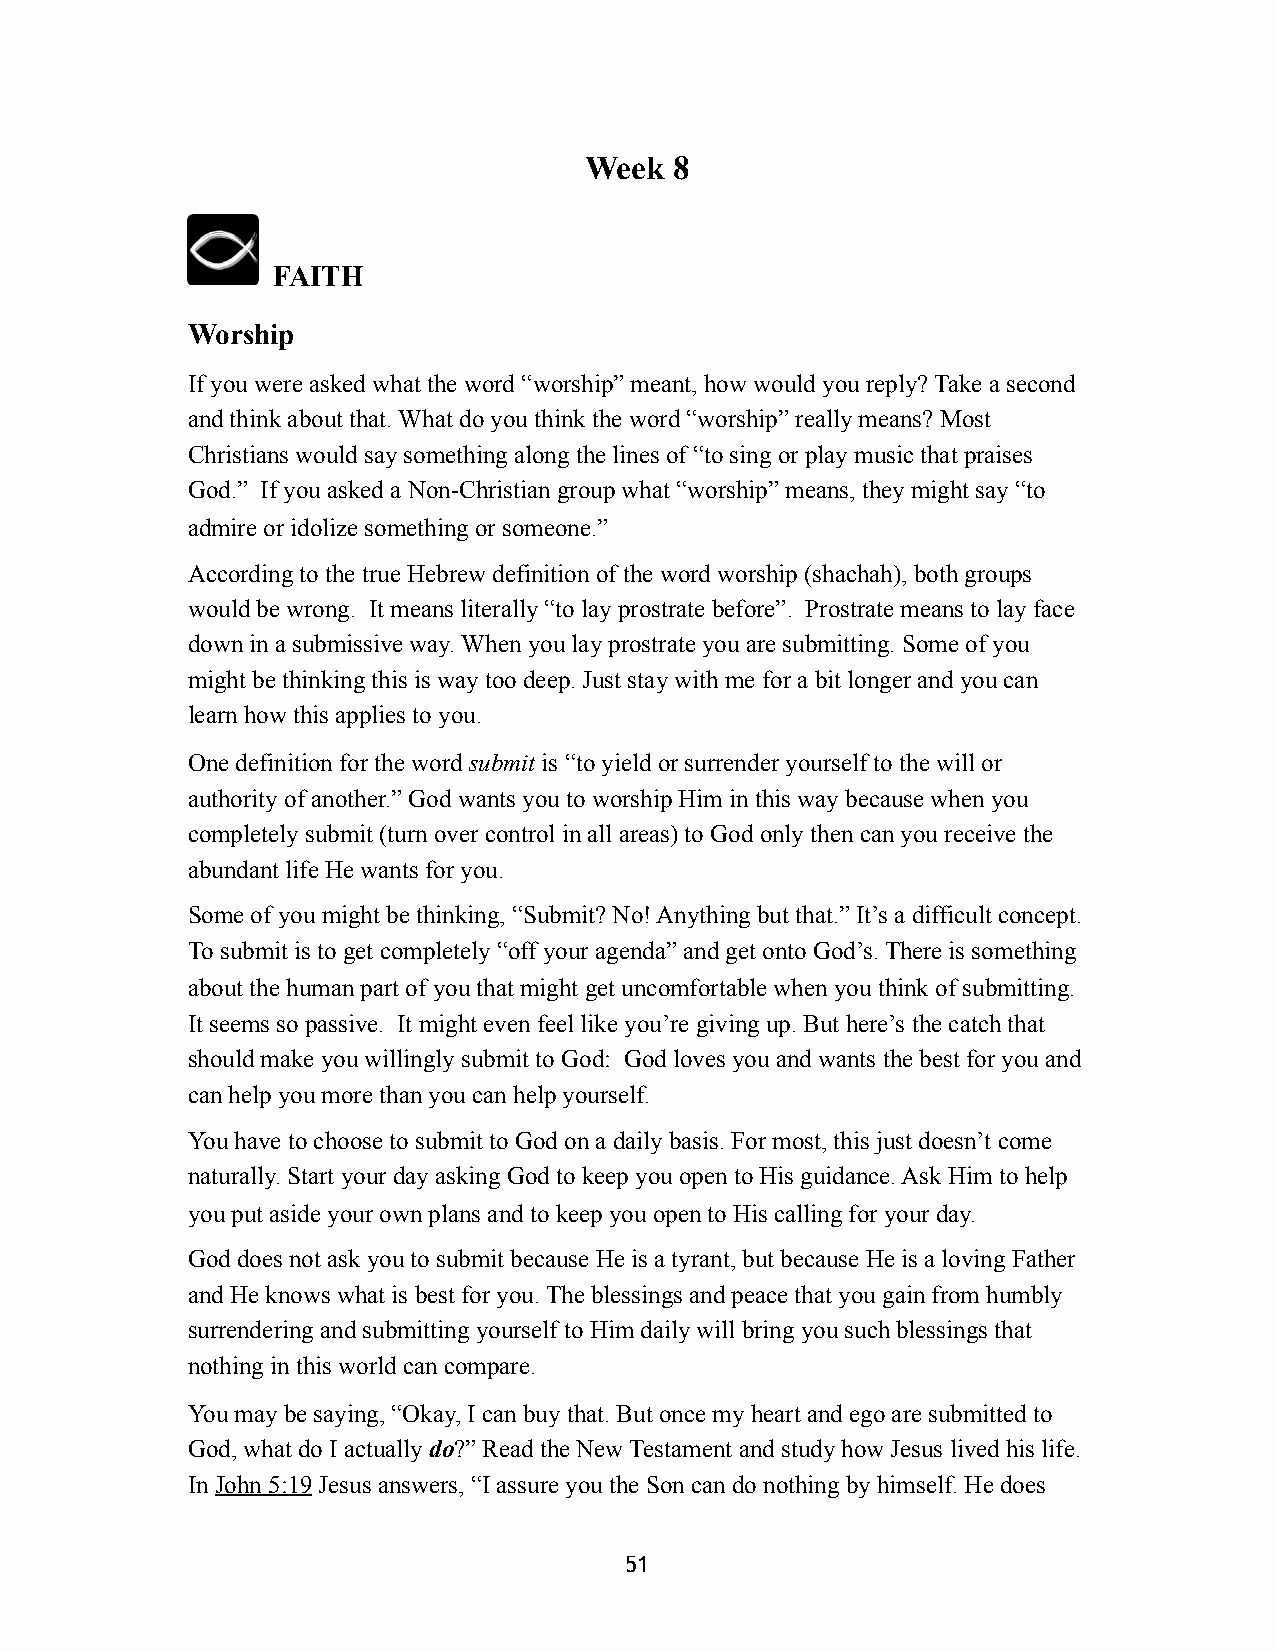
Week  8
 FAITH
 Worship
 If you were asked what the word “worship” meant, how would you reply? Take a second
 and think about that. What do you think the word “worship” really means? Most
 Christians would say something along the lines of “to sing or play music that praises
 God.” If you asked a Non-Christian group what “worship” means, they might say “to
 admire or idolize something or someone.”
 According to the true Hebrew definition of the word worship (shachah), both groups
 would be wrong. It means literally “to lay prostrate before”. Prostrate means to lay face
 down in a submissive way. When you lay prostrate you are submitting. Some of you
 might be thinking this is way too deep. Just stay with me for a bit longer and you can
 learn how this applies to you.
 One definition for the word submit is “to yield or surrender yourself to the will or
 authority of another.” God wants you to worship Him in this way because when you
 completely submit (turn over control in all areas) to God only then can you receive the
 abundant life He wants for you.
 Some of you might be thinking, “Submit? No! Anything but that.” It’s a difficult concept.
 To submit is to get completely “off your agenda” and get onto God’s. There is something
 about the human part of you that might get uncomfortable when you think of submitting.
 It seems so passive. It might even feel like you’re giving up. But here’s the catch that
 should make you willingly submit to God: God loves you and wants the best for you and
 can help you more than you can help yourself.
 You have to choose to submit to God on a daily basis. For most, this just doesn’t come
 naturally. Start your day asking God to keep you open to His guidance. Ask Him to help
 you put aside your own plans and to keep you open to His calling for your day.
 God does not ask you to submit because He is a tyrant, but because He is a loving Father
 and He knows what is best for you. The blessings and peace that you gain from humbly
 surrendering and submitting yourself to Him daily will bring you such blessings that
 nothing in this world can compare.
 You may be saying, “Okay, I can buy that. But once my heart and ego are submitted to
 God, what do I actually do?” Read the New Testament and study how Jesus lived his life.
 In John 5:19 Jesus answers, “I assure you the Son can do nothing by himself. He does
 51